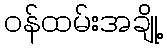
ဝန်ထမ်းအချို့